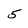
Character: 5